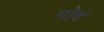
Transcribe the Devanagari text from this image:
गोदं